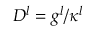
D _ { } ^ { l } = g ^ { l } / \kappa ^ { l }